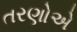
તરણોએ